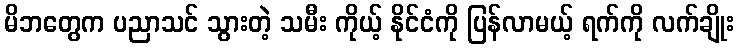
မိဘတွေက ပညာသင် သွားတဲ့ သမီး ကိုယ့် နိုင်ငံကို ပြန်လာမယ့် ရက်ကို လက်ချိုး